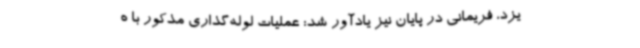
یزد، فریمانی در پایان نیز یادآور شد: عملیات لوله‌گذاری مذکور با ه